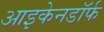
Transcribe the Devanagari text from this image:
आइकेनडॉर्फ